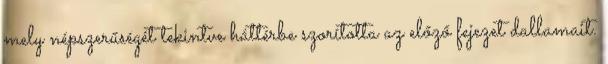
mely népszerűségét tekintve háttérbe szorította az előző fejezet dallamait.